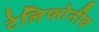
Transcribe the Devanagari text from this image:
टेलिफोनीय